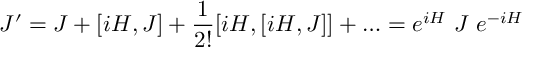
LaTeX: J ^ { \prime } = J + [ i H , J ] + \frac { 1 } { 2 ! } [ i H , [ i H , J ] ] + \ldots = e ^ { i H } ~ J ~ e ^ { - i H }